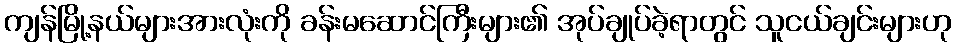
ကျန်မြို့နယ်များအားလုံးကို ခန်းမဆောင်ကြီးများ၏ အုပ်ချုပ်ခဲ့ရာတွင် သူငယ်ချင်းများဟု